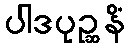
ပါဒပုဉ္ဆနိံ